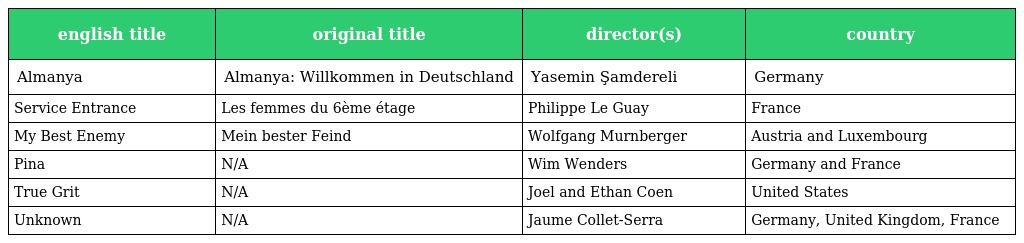
| english title | original title | director(s) | country |
 | --- | --- | --- | --- |
 | Almanya | Almanya: Willkommen in Deutschland | Yasemin Şamdereli | Germany |
 | Service Entrance | Les femmes du 6ème étage | Philippe Le Guay | France |
 | My Best Enemy | Mein bester Feind | Wolfgang Murnberger | Austria and Luxembourg |
 | Pina | N/A | Wim Wenders | Germany and France |
 | True Grit | N/A | Joel and Ethan Coen | United States |
 | Unknown | N/A | Jaume Collet-Serra | Germany, United Kingdom, France |